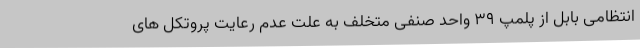
انتظامی بابل از پلمپ 39 واحد صنفی متخلف به علت عدم رعایت پروتکل های